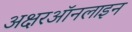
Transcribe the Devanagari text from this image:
अक्षरऑनलाइन